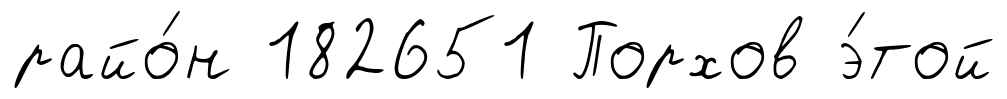
райо́н 182651 Порхов э́той